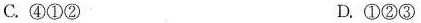
C.④①② D.①②③